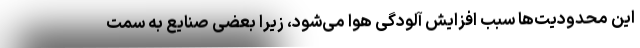
این محدودیت‌ها سبب افزایش آلودگی هوا می‌شود، زیرا بعضی صنایع به سمت